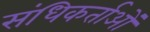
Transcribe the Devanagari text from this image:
संधिकर्ताओं